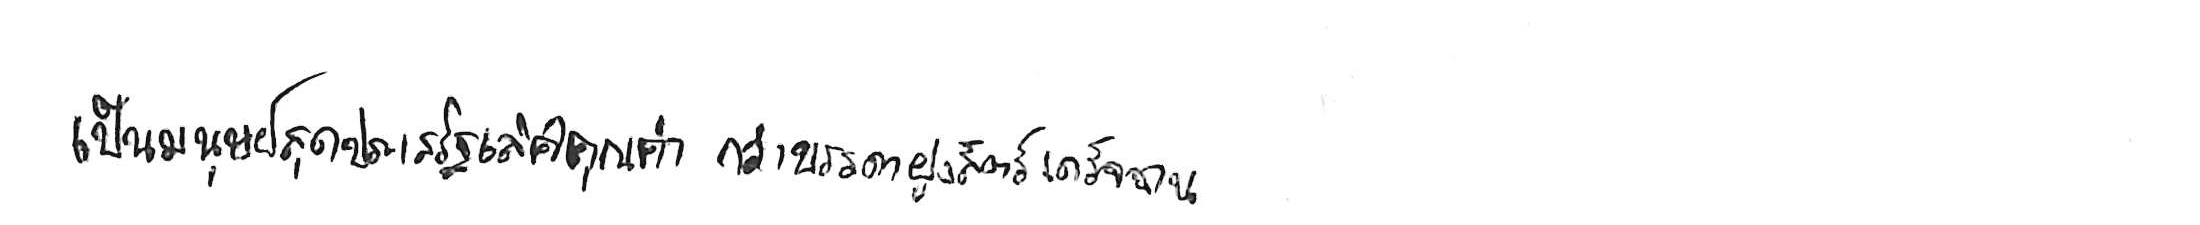
เป็นมนุษย์สุดประเสริฐเลิศคุณค่า กว่าบรรดาฝูงสัตว์เดรัจฉาน